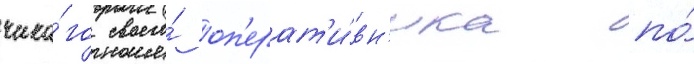
чика́го своего́ оп'ерат'и́вн'ика по́